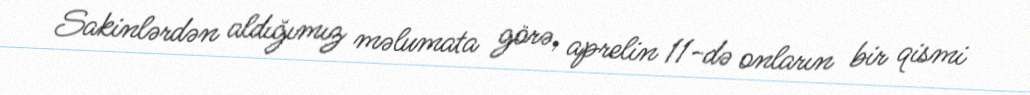
Sakinlərdən aldığımız məlumata görə, aprelin 11-də onların bir qismi